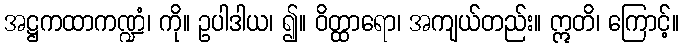
အဋ္ဌကထာကဏ္ဍံ၊ ကို။ ဥပါဒါယ၊ ၍။ ဝိတ္ထာရော၊ အကျယ်တည်း။ ဣတိ၊ ကြောင့်။